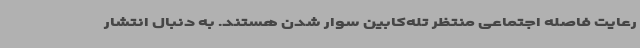
رعایت فاصله اجتماعی منتظر تله‌کابین سوار شدن هستند. به دنبال انتشار